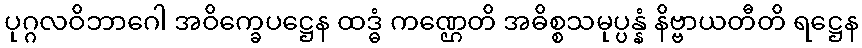
ပုဂ္ဂလဝိဘာဂေါ အဝိက္ခေပဋ္ဌေန ထဒ္ဓံ ကဏ္ဌေတိ အဓိစ္စသမုပ္ပန္နံ နိဗ္ဗာယတီတိ ရဋ္ဌေန